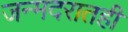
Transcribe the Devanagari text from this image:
जन्मदरातही